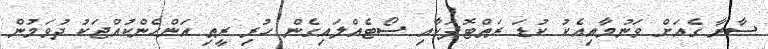
ސާރާ ގެއަށް ވަނުމާއިއެކު ކުޑަ ރަތްޓޮޕަކާއި ސޯޓެއްލައިގެން ހުރި ރީތި އަންހެންކުއްޖަކު ދުވަމުން